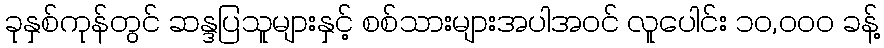
ခုနှစ်ကုန်တွင် ဆန္ဒပြသူများနှင့် စစ်သားများအပါအဝင် လူပေါင်း ၁၀,၀၀၀ ခန့်